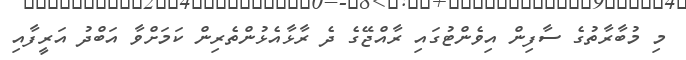
މި މުބާރާތުގެ ސާފިން އިވެންޓުގައި ރާއްޖޭގެ ދެ ރާޅާއެޅުންތެރިން ކަމަށްވާ އަބްދު އަރީފާއި